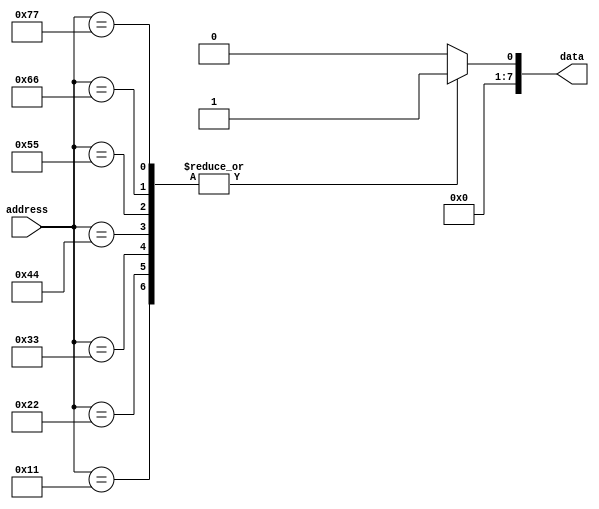
//
//
//  ROM to store 8-bit values from array a
//  256 bytes Rom, 8-bit address
//  Made by. Saad Al-Jehani [1935151] 
//  Feb 11th, 2023
//
//

module ROM #(parameter SIZE=8) (
	 input   [SIZE-1:0]  address,
	 output reg  [SIZE-1:0]  data
);


always @(address)
     case(address)
        8'b0000_0000: data = 8'b0000_0000; 
        8'b0001_0001: data = 8'b0000_0001; 
        8'b0010_0010: data = 8'b0000_0001; 
        8'b0011_0011: data = 8'b0000_0001; 
        8'b0100_0100: data = 8'b0000_0001; 
        8'b0101_0101: data = 8'b0000_0001; 
        8'b0110_0110: data = 8'b0000_0001; 
        8'b0111_0111: data = 8'b0000_0001; 
        default: data = 8'b0000_0000;
     endcase


endmodule